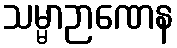
သမ္မာဉာဏေန